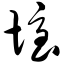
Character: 垤